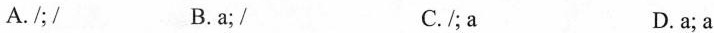
A./;/ B.a;/ C.I;a D.a;a